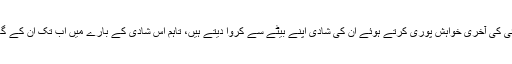
عائزہ خان کے چھوٹے تایا اپنے بھائی کی آخری خواہش پوری کرتے ہوئے ان کی شادی اپنے بیٹے سے کروا دیتے ہیں، تاہم اس شادی کے بارے میں اب تک ان کے گھر میں کسی کو کچھ معلوم نہیں ہے۔